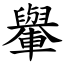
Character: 轝